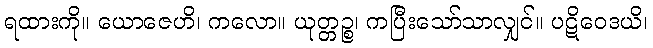
ရထားကို။ ယောဇေဟိ၊ ကလော။ ယုတ္တဉ္စ၊ ကပြီးသော်သာလျှင်။ ပဋိဝေဒယိ၊